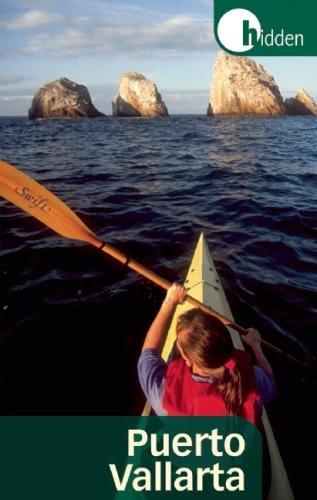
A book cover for Hidden Puerto Vallarta: Including the Bahia de Banderas and Sierra Madre Mountains (Hidden Travel); Richard Harris; Travel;